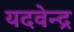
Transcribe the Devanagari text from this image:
यदवेन्द्र